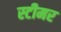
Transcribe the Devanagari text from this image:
स्‍टीमर